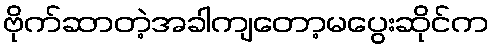
ဗိုက်ဆာတဲ့အခါကျတော့မပွေးဆိုင်က